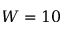
W = 1 0